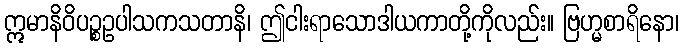
ဣမာနိဝိပဉ္စဥပါသကသတာနိ၊ ဤငါးရာသောဒါယကာတို့ကိုလည်း။ ဗြဟ္မစာရိနော၊